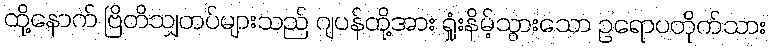
ထို့နောက် ဗြိတိသျှတပ်များသည် ဂျပန်တို့အား ရှုံးနိမ့်သွားသော ဥရောပတိုက်သား